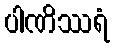
ပါဏိဿရံ